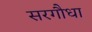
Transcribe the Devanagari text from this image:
सरगौधा